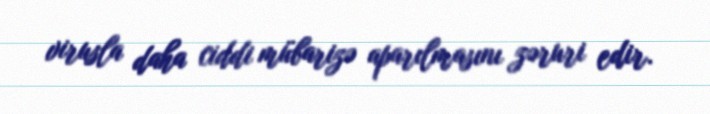
virusla daha ciddi mübarizə aparılmasını zəruri edir.